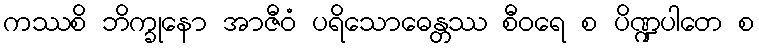
ကဿစိ ဘိက္ခုနော အာဇီဝံ ပရိသောဓေန္တဿ စီဝရေ စ ပိဏ္ဍပါတေ စ